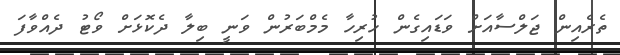
ތެރެއިން ޖަލްސާއަށް ވަޑައިގެން ހުރިހާ މެމްބަރުން ވަނީ ބިލާ ދެކޮޅަށް ވޯޓު ދެއްވާފަ